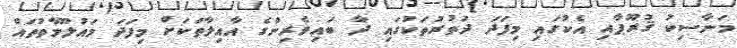
މަނާސިކު ޤުރޫޕާއި އެކުގައި މިފަދަ ދަތުރުތަކުގައި ދާ ބައިވެރިންގެ އާއިލާތަކަށް މިފަދަ މައުލޫމާތުތައް